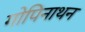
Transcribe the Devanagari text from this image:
गोपिनाथन